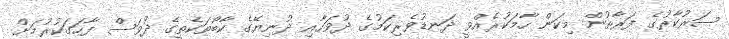
ސަރުކާރުގެ ފަރާތުން މިކަން ހާމަކުރެއްވީ ދަނޑުވެރިކަމުގެ ދުވަހާއި ދުނިޔޭގެ ކާބޯތަކެތީގެ ދުވަސް ފާހަގަކުރުމަށް